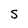
Character: S